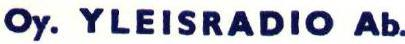
Oy. YLEISRADIO Ab.